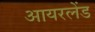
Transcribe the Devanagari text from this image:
आयरलेंड